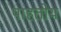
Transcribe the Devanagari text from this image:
पाहतोय